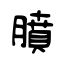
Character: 膹